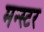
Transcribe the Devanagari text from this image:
मन्स्टर